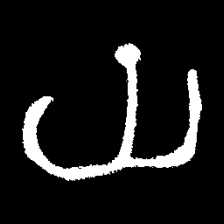
Pyu character \u2014 Myanmar letter: ယ (romanized: ya)